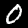
Digit: 0